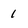
Character: 1